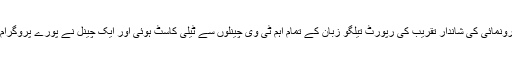
’’ساکے تارا ماینما‘‘کی رونمائی کی شاندار تقریب کی رپورٹ تیلگو زبان کے تمام اہم ٹی وی چینلوں سے ٹیلی کاسٹ ہوئی اور ایک چینل نے پورے پروگرام کو لائیو ٹیلی کاسٹ کیا۔